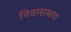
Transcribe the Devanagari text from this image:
निवासभाग